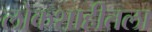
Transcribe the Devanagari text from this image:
लोकशाहीतला